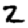
Digit: 2